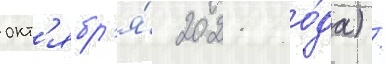
окт'ябр'я́ 2021 го́да) /